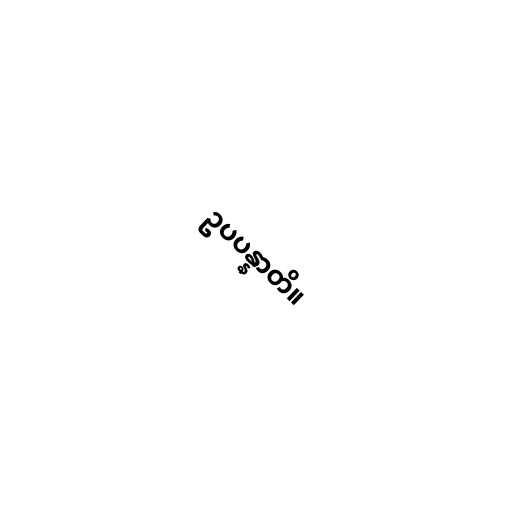
ဥပပန္နာတိ။